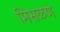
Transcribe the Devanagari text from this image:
मिसळण